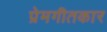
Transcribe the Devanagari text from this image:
प्रेमगीतकार